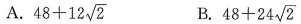
A. 48+12 \sqrt{2} B. 48+24 \sqrt{2}